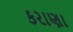
કરાણા